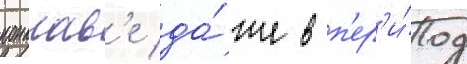
конклав'е да́же в п'ер'и́од